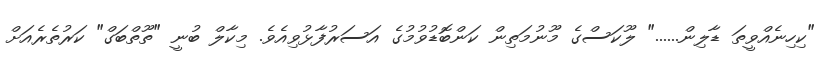
"ކިހިނެއްވީތަ ޑާލިން......" ލޫކަސްގެ މޫނުމަތިން ކަންބޮޑުވުމުގެ އަސަރުފާޅުވިއެވެ. މިކާލް ބުނީ "ތޫތްބަގް" ކަރުތެރެއަށް